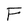
Character: F